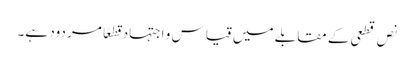
نص قطعی کے مقابلے میں قیاس و اجتہاد قطعًا مردود ہے۔